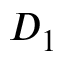
D _ { 1 }